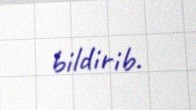
bildirib.